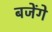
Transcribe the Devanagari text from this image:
बजेंगे